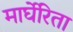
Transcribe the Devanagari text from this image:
मार्घेरिता